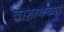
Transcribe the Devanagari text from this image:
वाहायच्या